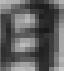
日